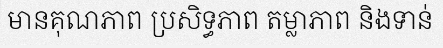
មានគុណភាព ប្រសិទ្ធភាព តម្លាភាព និងទាន់